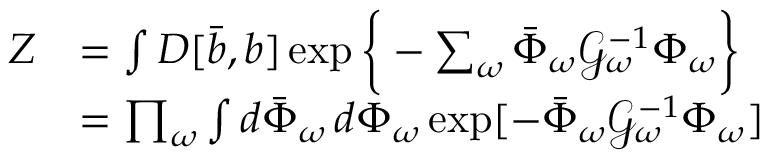
\begin{array} { r l } { Z } & { = \int D [ \bar { b } , b ] \exp \bigg \{ - \sum _ { \omega } \bar { \Phi } _ { \omega } \mathcal { G } _ { \omega } ^ { - 1 } \Phi _ { \omega } \bigg \} } \\ & { = \prod _ { \omega } \int d \bar { \Phi } _ { \omega } \, d \Phi _ { \omega } \exp [ - \bar { \Phi } _ { \omega } \mathcal { G } _ { \omega } ^ { - 1 } \Phi _ { \omega } ] } \end{array}